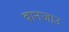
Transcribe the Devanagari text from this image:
वानजाउ